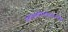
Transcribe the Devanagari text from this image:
दन्ताघातविदारितारिरुधिरैः